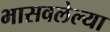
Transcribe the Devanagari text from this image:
भासवलेल्या